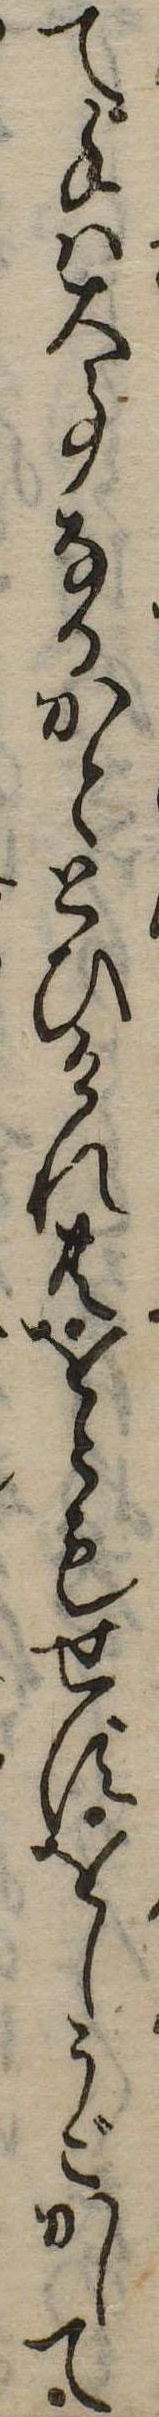
て手は大事なるかととひけれ共をともせずをしうごかして